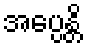
အပ္ပေန္တိ